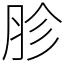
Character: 胗